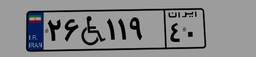
۲۶W۱۱۹۴۰